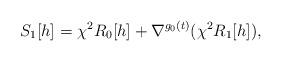
LaTeX: \begin{align*} S_1[h]=\chi^2R_0[h]+ \nabla^{g_0(t)}(\chi^2R_1[h]),\end{align*}